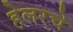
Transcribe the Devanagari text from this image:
हेलरचे